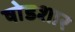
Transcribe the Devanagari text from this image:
षोडशार